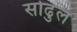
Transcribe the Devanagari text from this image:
सोढुल